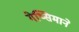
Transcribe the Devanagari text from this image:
गेथ्सिमाने